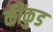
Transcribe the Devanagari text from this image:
कींकुड